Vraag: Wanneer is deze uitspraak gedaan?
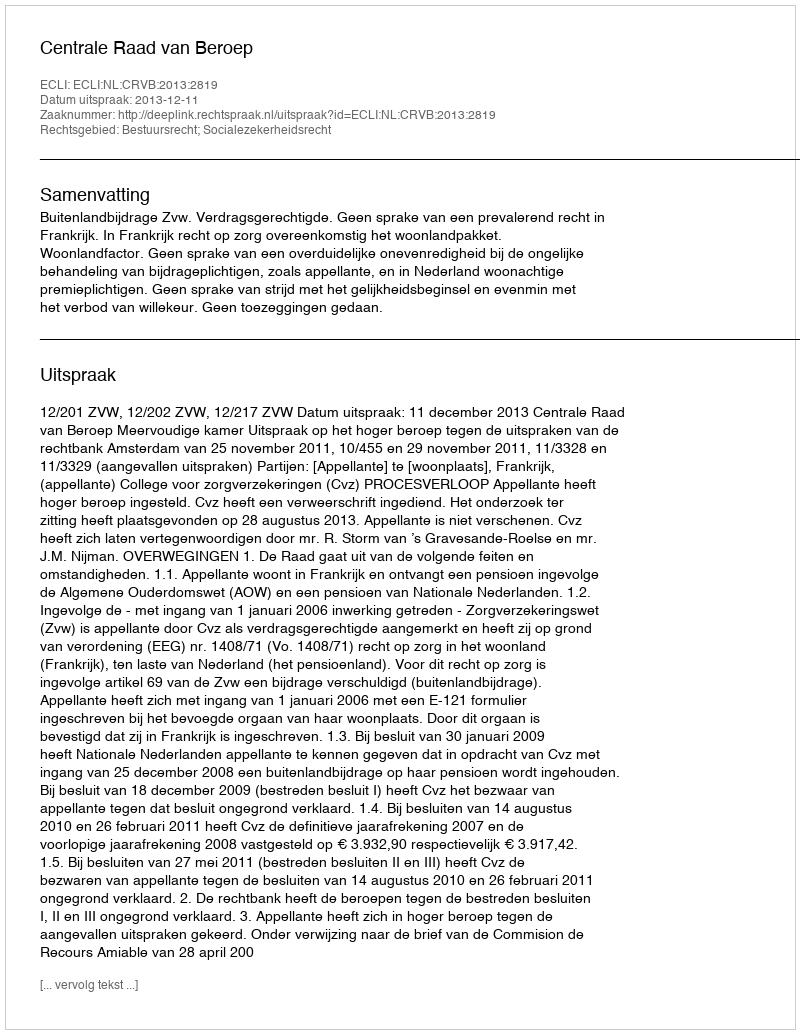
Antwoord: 2013-12-11